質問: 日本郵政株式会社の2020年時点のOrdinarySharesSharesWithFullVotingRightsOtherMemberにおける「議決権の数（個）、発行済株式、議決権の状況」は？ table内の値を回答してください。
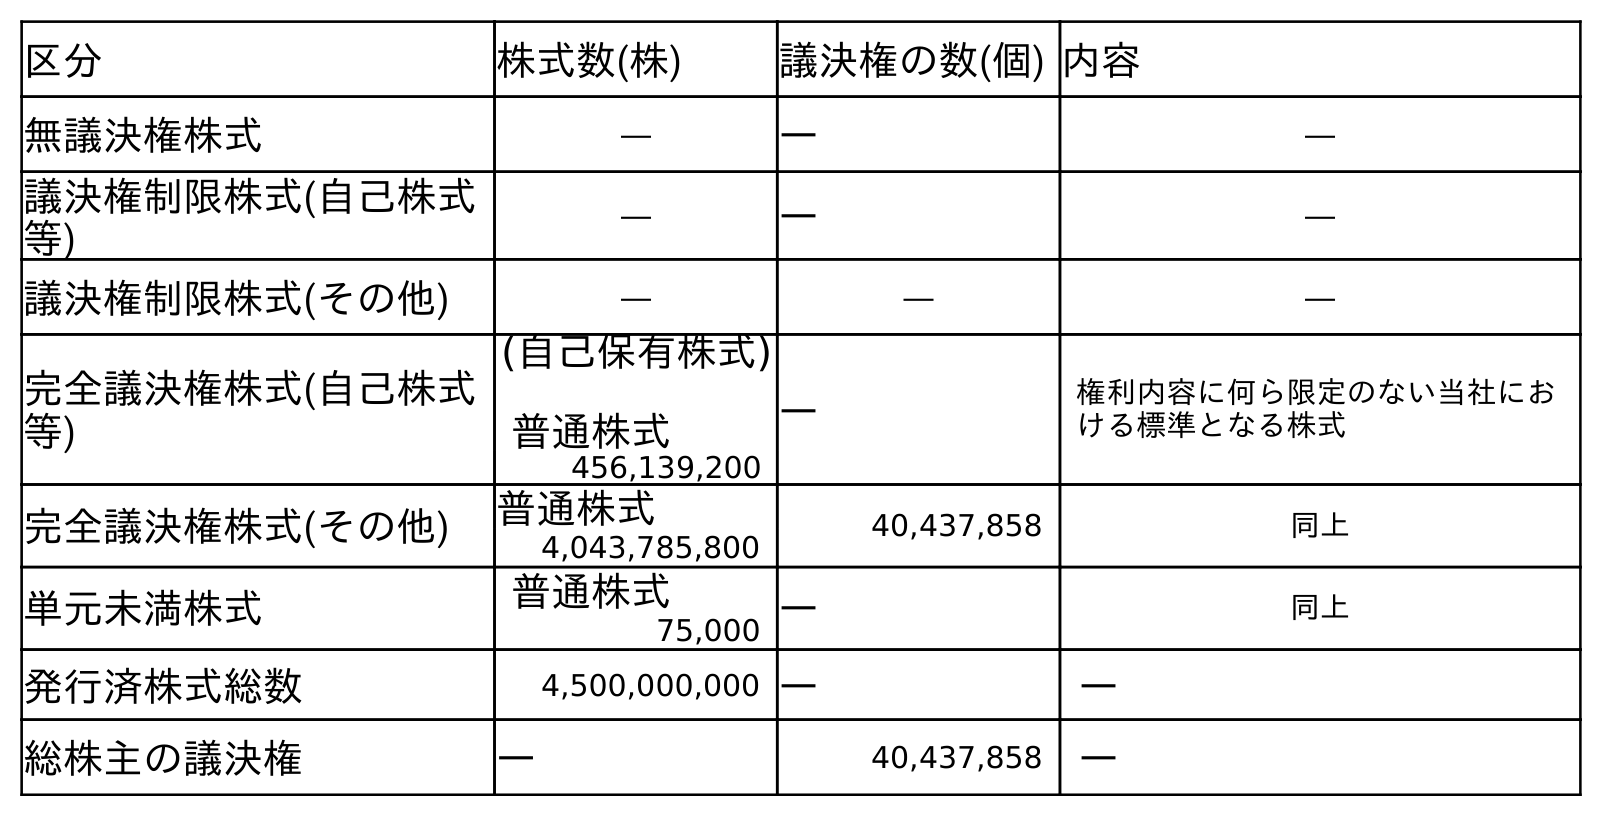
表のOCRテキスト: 区分 株式数(株) 議決権の数(個) 内容 無議決権株式 ― ― ― 議決権制限株式(自己株式 等) ― ― ― 議決権制限株式(その他) ― ― ― 完全議決権株式(自己株式 等) (自己保有株式) 普通株式 ― 権利内容に何ら限定のない当社にお ける標準となる株式 456,139,200 完全議決権株式(その他) 普通株式 40,437,858 同上 4,043,785,800 単元未満株式 普通株式 ― 同上 75,000 発行済株式総数 4,500,000,000 ― ― 総株主の議決権 ― 40,437,858 ―
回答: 40,437,858